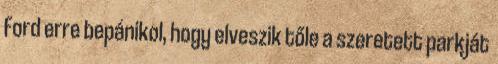
Ford erre bepánikol, hogy elveszik tőle a szeretett parkját